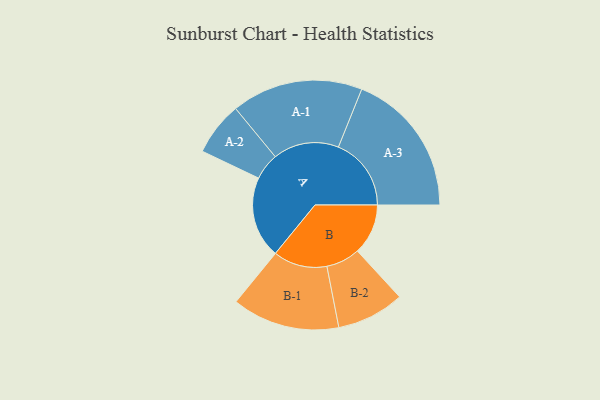
{"axis": {"x": "Segment", "y": "Value"}, "legend": ["", "A", "B"], "data": [{"x": "A", "y": 335, "type": ""}, {"x": "B", "y": 208, "type": ""}, {"x": "A-1", "y": 270, "type": "A"}, {"x": "A-2", "y": 110, "type": "A"}, {"x": "A-3", "y": 299, "type": "A"}, {"x": "B-1", "y": 221, "type": "B"}, {"x": "B-2", "y": 139, "type": "B"}]}